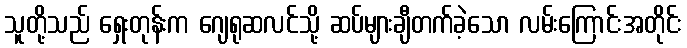
သူတို့သည် ရှေးတုန်းက ဂျေရုဆလင်သို့ ဆပ်များချီတက်ခဲ့သော လမ်းကြောင်းအတိုင်း